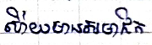
ហើយមានសមាជិក